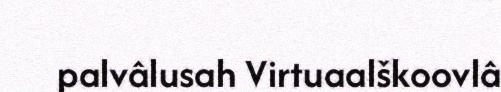
palvâlusah Virtuaalškoovlâ